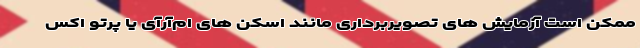
ممکن است آزمایش های تصویربرداری مانند اسکن های ام‌آر‌آی یا پرتو اکس